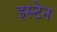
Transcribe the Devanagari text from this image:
इस्टेन